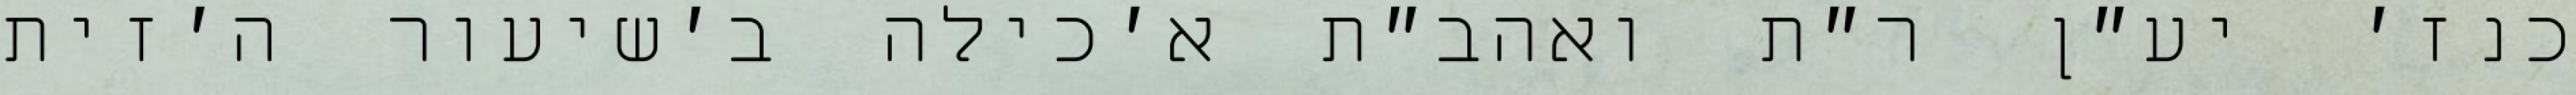
כנז׳ יע״ן ר״ת ואהב״ת א׳כילה ב׳שיעור ה׳זית